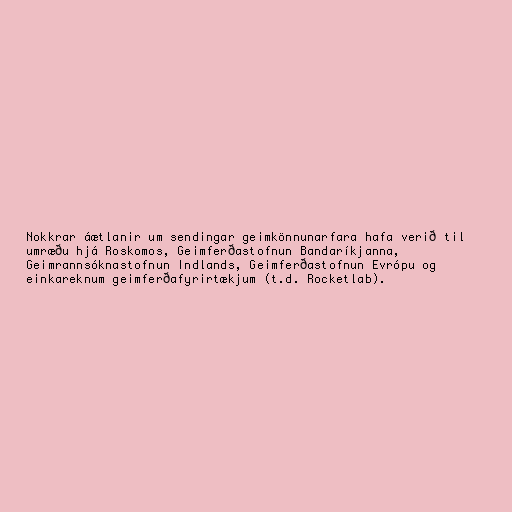
Nokkrar áætlanir um sendingar geimkönnunarfara hafa verið til
umræðu hjá Roskomos, Geimferðastofnun Bandaríkjanna,
Geimrannsóknastofnun Indlands, Geimferðastofnun Evrópu og
einkareknum geimferðafyrirtækjum (t.d. Rocketlab).